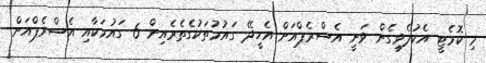
މި ކޮމެޓީ އެކުލެވިގެން ވަނީ އެސްރެޕްއަށް އެހީދޭ ގައުމުތަކުގެތެރެއިން 6 ގައުމަކާއި އެސްރެޕްއަށް